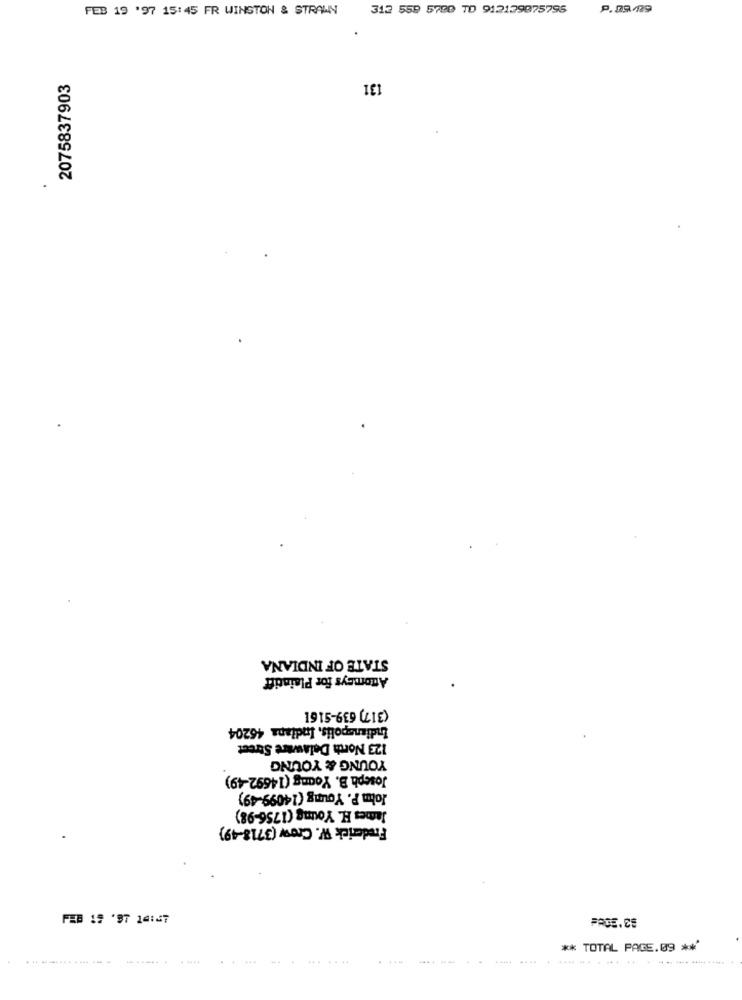
FEB 19 '97 15:45 FR WINSTON & STRAWN
2075837903
131
STATE OF INDIANA
Attorneys for Plaintiff
(317) 639-9161
Indianapolis, Indiana 45204
123 North Delaware Street
YOUNG & YOUNG
Joseph B. Young (14692-49)
John P. Young (14099-49)
James H. Young (1756-98)
Frederick W. Crow (3718-49)
.... .....
** TOTAL PAGE.09 ***
... .